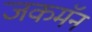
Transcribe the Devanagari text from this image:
जकमॅन